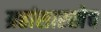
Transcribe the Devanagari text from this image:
ग्रहांसारखेच